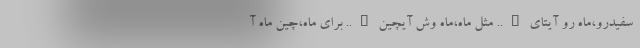
سفیدرو،ماه رو آیتای….. مثل ماه،ماه وش آیچین….. برای ماه،چین ماه آ